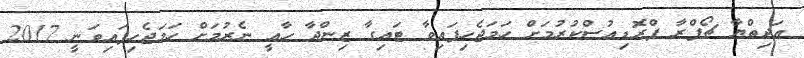
އަދިތްޔާ ޗޯޕްރާ ޕްރޮޑިއުސްކުރުމަށް ހަމަޖެހިފައިވާ ޓައިގާ ޒިންދާ ހާއީ ނެރުމަށް ހަމަޖެހިފައިވަނީ 2017